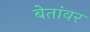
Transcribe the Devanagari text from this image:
बेतांवर